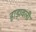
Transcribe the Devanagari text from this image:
हाड़ावली